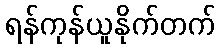
ရန်ကုန်ယူနိုက်တက်